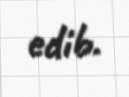
edib.